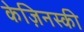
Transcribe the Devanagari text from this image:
केज़िनस्की